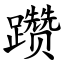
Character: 躜